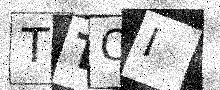
Text: TTOI